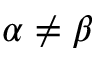
\alpha \neq \beta